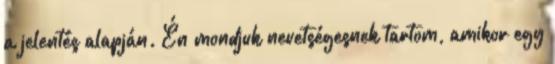
a jelentés alapján. Én mondjuk nevetségesnek tartom, amikor egy